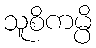
သူစိကမ္ပိ